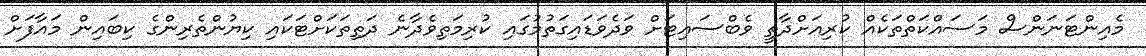
މެއިންޓަނަންސް މަސައްކަތްތަކެއް ކުރިއަށްދާތީ ވެބްސައިޓަށް ވަދެވަޑައިގަތުމުގައި ކުރިމަތިވެދާނެ ދަތިތަކަށްޓަކައި ކިޔުންތެރިންގެ ކިބައިން މައާފަށް